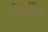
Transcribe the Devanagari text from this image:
लिंडर्सस्मिथ